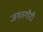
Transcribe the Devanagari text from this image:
जगतगौरी